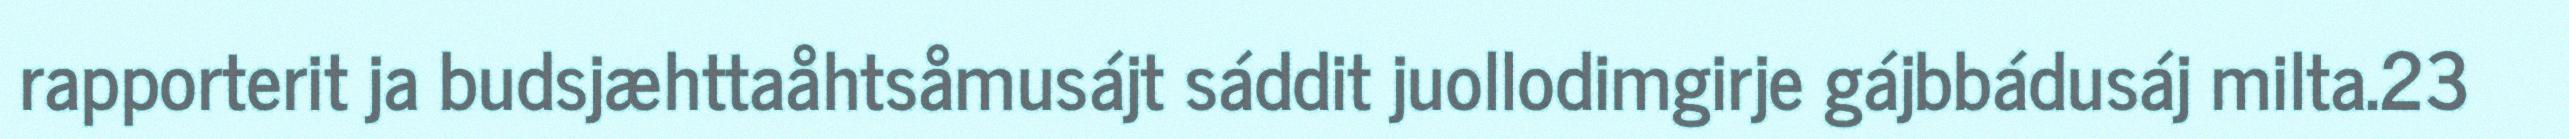
rapporterit ja budsjæhttaåhtsåmusájt sáddit juollodimgirje gájbbádusáj milta.23